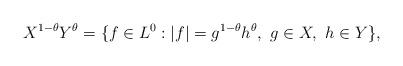
LaTeX: \begin{align*}X^{1-\theta}Y^{\theta}=\{f\in L^0:|f|=g^{1-\theta}h^{\theta},\ g\in X,\ h\in Y\},\end{align*}